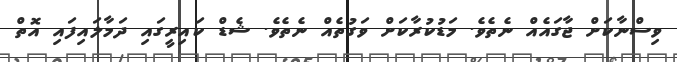
ވިސްނާކަށް ޖާގައެއް ނެތެވެ. މަޑުކުރާކަށް ވަގުތެއް ނެތެވެ. ޝެޑް ކައިރީގައި ދަމާލައިފައި އޮތް